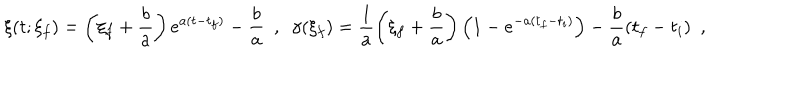
\xi ( t ; \xi _ { f } ) = \left( \xi _ { f } + \frac { b } { a } \right) e ^ { a ( t - t _ { f } ) } - \frac { b } { a } \ \ , \ \ \gamma ( \xi _ { f } ) = \frac { 1 } { a } \left( \xi _ { f } + \frac { b } { a } \right) \left( 1 - e ^ { - a ( t _ { f } - t _ { i } ) } \right) - \frac { b } { a } ( t _ { f } - t _ { i } ) \ \ ,